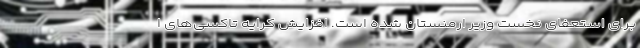
برای استعفای نخست وزیر ارمنستان شده است. افزایش کرایه تاکسی‌های ا